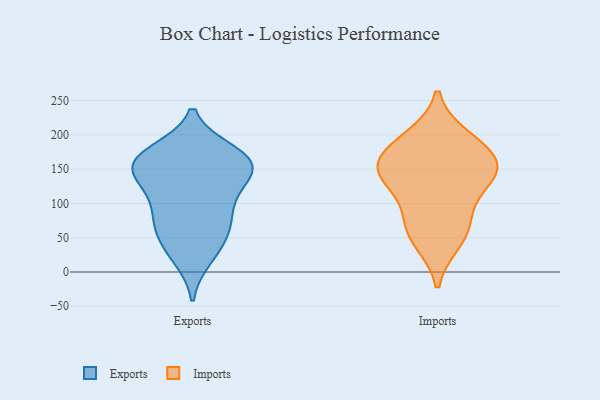
{"axis": {"x": "Active Users", "y": "Value"}, "legend": ["Exports", "Imports"], "data": [{"x": "", "y": 165, "type": "Exports"}, {"x": "", "y": 151, "type": "Exports"}, {"x": "", "y": 29, "type": "Exports"}, {"x": "", "y": 150, "type": "Exports"}, {"x": "", "y": 68, "type": "Exports"}, {"x": "", "y": 175, "type": "Exports"}, {"x": "", "y": 71, "type": "Exports"}, {"x": "", "y": 116, "type": "Exports"}, {"x": "", "y": 128, "type": "Exports"}, {"x": "", "y": 79, "type": "Exports"}, {"x": "", "y": 103, "type": "Exports"}, {"x": "", "y": 146, "type": "Exports"}, {"x": "", "y": 163, "type": "Exports"}, {"x": "", "y": 21, "type": "Exports"}, {"x": "", "y": 170, "type": "Exports"}, {"x": "", "y": 53, "type": "Exports"}, {"x": "", "y": 164, "type": "Exports"}, {"x": "", "y": 81, "type": "Imports"}, {"x": "", "y": 129, "type": "Imports"}, {"x": "", "y": 153, "type": "Imports"}, {"x": "", "y": 148, "type": "Imports"}, {"x": "", "y": 46, "type": "Imports"}, {"x": "", "y": 195, "type": "Imports"}, {"x": "", "y": 185, "type": "Imports"}, {"x": "", "y": 62, "type": "Imports"}, {"x": "", "y": 138, "type": "Imports"}, {"x": "", "y": 164, "type": "Imports"}]}